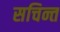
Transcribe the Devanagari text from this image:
सचिन्त